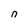
Character: n